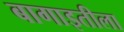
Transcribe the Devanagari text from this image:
बागाइतीला